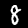
Digit: 8